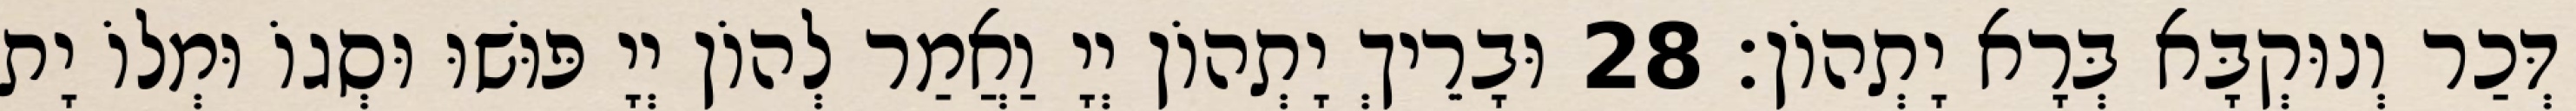
דְּכַר וְנוּקְבָּא בְּרָא יָתְהוֹן׃ 28 וּבָרֵיךְ יָתְהוֹן יְיָ וַאֲמַר לְהוֹן יְיָ פּוּשׁוּ וּסְגוֹ וּמְלוֹ יָת